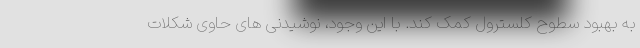
به بهبود سطوح کلسترول کمک کند. با این وجود، نوشیدنی های حاوی شکلات